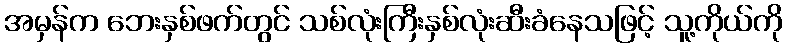
အမှန်က ဘေးနှစ်ဖက်တွင် သစ်လုံးကြီးနှစ်လုံးဆီးခံနေသဖြင့် သူ့ကိုယ်ကို